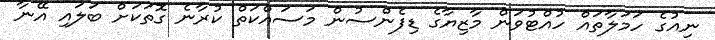
ނިއުގެ ހަމަލާތައް ހުއްޓުވަން މާޒިޔާގެ ޑިފެންސުން މަސައްކަތް ކުރާނެ ގޮތަކަށް ބަލައި އޭނާ